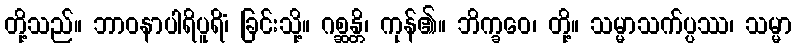
တို့သည်။ ဘာဝနာပါရိပူရိံ၊ ခြင်းသို့။ ဂစ္ဆန္တိ၊ ကုန်၏။ ဘိက္ခဝေ၊ တို့။ သမ္မာသက်ပ္ပဿ၊ သမ္မာ